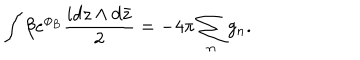
LaTeX: \int \beta e ^ { \phi _ { B } } \frac { i d z \wedge d \bar { z } } { 2 } = - 4 \pi \sum _ { n } g _ { n } .